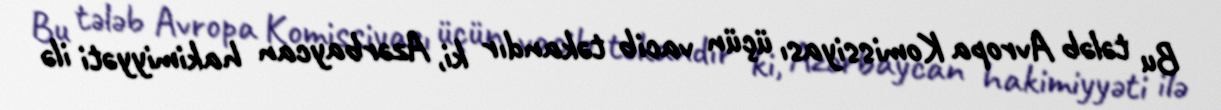
Bu tələb Avropa Komissiyası üçün vacib təkandır ki, Azərbaycan hakimiyyəti ilə